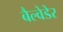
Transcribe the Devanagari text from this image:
बैल्वेडेर